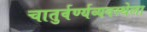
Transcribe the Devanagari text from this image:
चातुर्वर्ण्यव्यवस्थेला